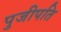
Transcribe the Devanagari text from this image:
पुजीपति